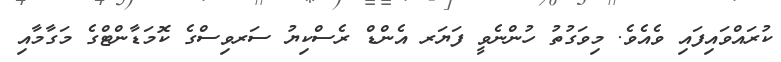
ކުރައްވައިފައި ވެއެވެ. މިވަގުތު ހުންނެވީ ފަޔަރ އެންޑް ރެސްކިޔު ސަރވިސްގެ ކޮމަޑާންޓްގެ މަގާމާއި